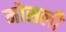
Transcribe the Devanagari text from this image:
मोसली